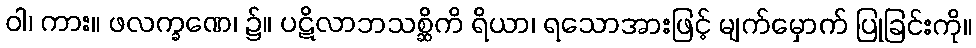
ဝါ၊ ကား။ ဖလက္ခဏေ၊ ၌။ ပဋိလာဘသစ္ဆိကိ ရိယာ၊ ရသောအားဖြင့် မျက်မှောက် ပြုခြင်းကို။